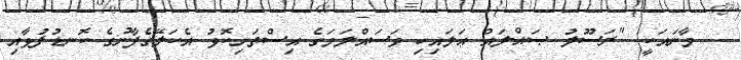
މާނައަކީ: "ރަސޫލު ޞައްލައް ޢަލައިހި ވަސައްލަމަގެ އިސްތަށިކޮޅު އެކަލޭގެފާނުގެ ކޮނޑުފުޅާއި